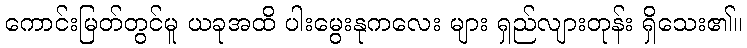
ကောင်းမြတ်တွင်မူ ယခုအထိ ပါးမွေးနုကလေး များ ရှည်လျားတုန်း ရှိသေး၏။